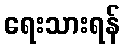
ရေးသားရန်